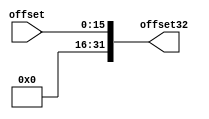
module extend (
	input [15:0]offset,
	output reg [31:0]offset32
);

always @(offset)
begin
 offset32[31:0] = {16'b0000000000000000,offset[15:0]};
end
endmodule